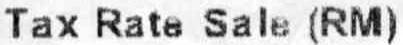
TAX RATE SALE (RM)